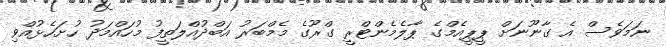
ނަމަވެސް އެ ގާނޫނަށް ޕީޕީއެމްގެ ޕާލެމެންޓްރީ ގްރޫގެ މެމްބަރު އަބްދުއްލަތީފު މުހައްމަދު ހުށަހެޅުއްވި